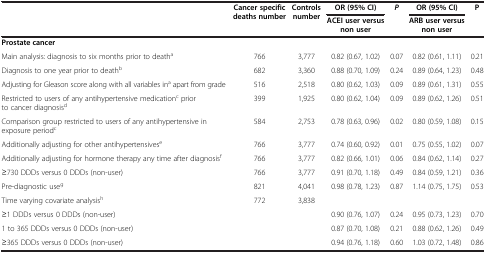
<table><thead><tr><td><b> </b></td><td><b>Cancer specific deaths number</b></td><td><b>Controls number</b></td><td><b>OR (95% CI)</b></td><td><b><i>P</i></b></td><td><b>OR (95% CI)</b></td><td><b>P</b></td></tr><tr><td><b> </b></td><td><b> </b></td><td><b> </b></td><td><b>ACEI user versus non user</b></td><td><b> </b></td><td><b>ARB user versus non user</b></td><td><b> </b></td></tr></thead><tbody><tr><td colspan="7"><b>Prostate cancer</b></td></tr><tr><td>Main analysis: diagnosis to six months prior to death<sup>a</sup></td><td>766</td><td>3,777</td><td>0.82 (0.67, 1.02)</td><td>0.07</td><td>0.82 (0.61, 1.11)</td><td>0.21</td></tr><tr><td>Diagnosis to one year prior to death<sup>b</sup></td><td>682</td><td>3,360</td><td>0.88 (0.70, 1.09)</td><td>0.24</td><td>0.89 (0.64, 1.23)</td><td>0.48</td></tr><tr><td>Adjusting for Gleason score along with all variables in<sup>a</sup> apart from grade</td><td>516</td><td>2,518</td><td>0.80 (0.62, 1.03)</td><td>0.09</td><td>0.89 (0.61, 1.31)</td><td>0.55</td></tr><tr><td>Restricted to users of any antihypertensive medication<sup>c</sup> prior to cancer diagnosis<sup>d</sup></td><td>399</td><td>1,925</td><td>0.80 (0.62, 1.04)</td><td>0.09</td><td>0.89 (0.62, 1.26)</td><td>0.51</td></tr><tr><td>Comparison group restricted to users of any antihypertensive in exposure period<sup>c</sup></td><td>584</td><td>2,753</td><td>0.78 (0.63, 0.96)</td><td>0.02</td><td>0.80 (0.59, 1.08)</td><td>0.15</td></tr><tr><td>Additionally adjusting for other antihypertensives<sup>e</sup></td><td>766</td><td>3,777</td><td>0.74 (0.60, 0.92)</td><td>0.01</td><td>0.75 (0.55, 1.02)</td><td>0.07</td></tr><tr><td>Additionally adjusting for hormone therapy any time after diagnosis<sup>f</sup></td><td>766</td><td>3,777</td><td>0.82 (0.66, 1.01)</td><td>0.06</td><td>0.84 (0.62, 1.14)</td><td>0.27</td></tr><tr><td>≥730 DDDs versus 0 DDDs (non-user)</td><td>766</td><td>3,777</td><td>0.91 (0.70, 1.18)</td><td>0.49</td><td>0.84 (0.59, 1.21)</td><td>0.36</td></tr><tr><td>Pre-diagnostic use<sup>g</sup></td><td>821</td><td>4,041</td><td>0.98 (0.78, 1.23)</td><td>0.87</td><td>1.14 (0.75, 1.75)</td><td>0.53</td></tr><tr><td>Time varying covariate analysis<sup>h</sup></td><td>772</td><td>3,838</td><td> </td><td> </td><td> </td><td> </td></tr><tr><td>≥1 DDDs versus 0 DDDs (non-user)</td><td> </td><td> </td><td>0.90 (0.76, 1.07)</td><td>0.24</td><td>0.95 (0.73, 1.23)</td><td>0.70</td></tr><tr><td>1 to 365 DDDs versus 0 DDDs (non-user)</td><td> </td><td> </td><td>0.87 (0.70, 1.08)</td><td>0.21</td><td>0.88 (0.62, 1.26)</td><td>0.49</td></tr><tr><td>≥365 DDDs versus 0 DDDs (non-user)</td><td> </td><td> </td><td>0.94 (0.76, 1.18)</td><td>0.60</td><td>1.03 (0.72, 1.48)</td><td>0.86</td></tr></tbody></table>